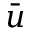
\bar { u }